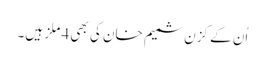
اُن کے کزن شمیم خان کی بھی 4 ملز ہیں۔